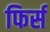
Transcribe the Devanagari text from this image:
फिर्स